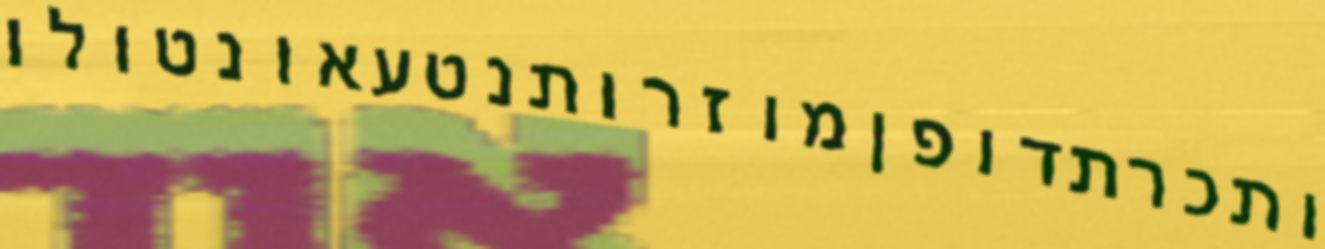
ותכרתדופןמוזרותנטעאונטולו